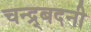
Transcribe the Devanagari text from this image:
चन्द्र्बदनी